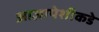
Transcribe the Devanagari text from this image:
आज्ञापेशीकडे